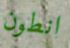
انطون